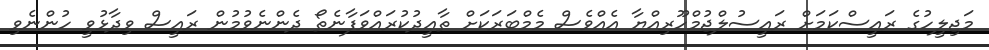
މަޖިލީހުގެ ރައީސްކަމަށް ރައީސުލްޖުމްހޫރިއްޔާ އެއްވެސް މެމްބަރަކަށް ތާޢީދުކުރައްވަފާނެތޯ ދެންނެވުމުން ރައީސް ވިދާޅުވީ ހުންނެވި